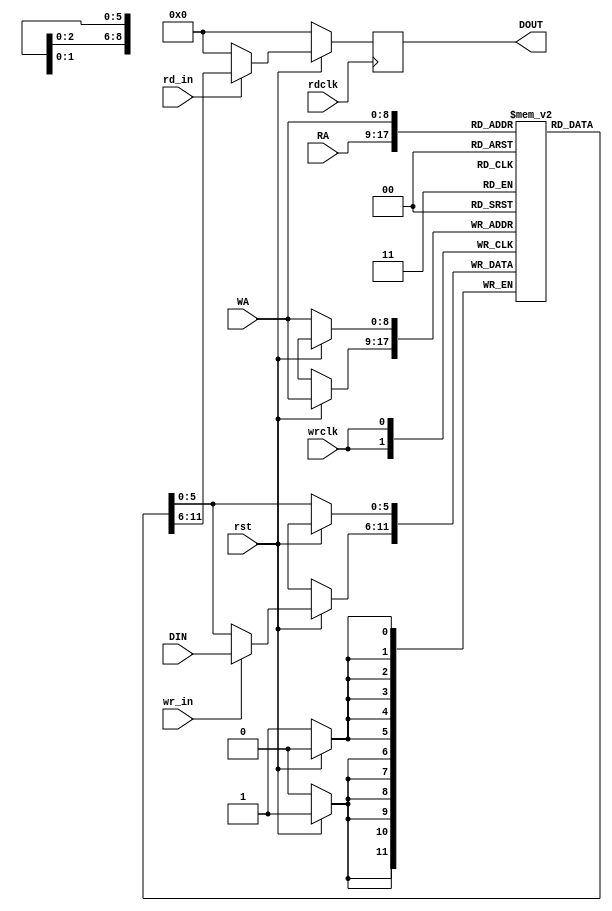
`timescale 1ns / 1ps
//////////////////////////////////////////////////////////////////////////////////
// Company: 
// Engineer: 
// 
// Design Name: 
// Module Name: simpledualportram_wrclk_rdclk_dp
// Project Name: 
// Target Devices: 
// Tool Versions: 
// Description: 
// 
// Dependencies: 
// 
// Revision:
// Revision 0.01 - File Created
// Additional Comments:
// 
//////////////////////////////////////////////////////////////////////////////////


module simpledualportram_wrclk_rdclk_ne(DOUT, RA, rd_in, DIN, WA, wr_in, wrclk, rdclk, rst);
parameter WIDTH=6;
parameter ADDRESSWIDTH=9;
parameter MEMDEPTH = 512;
output reg[(WIDTH)-1:0] DOUT;
input[(ADDRESSWIDTH)-1:0] RA;
input rd_in;
input[(WIDTH)-1:0] DIN;
input[(ADDRESSWIDTH)-1:0] WA;
input wr_in;
input wrclk, rdclk, rst;

reg[WIDTH-1:0] Lmemreg[MEMDEPTH-1:0];

//reading at posedge of READ clock
    always@(posedge rdclk)
    begin
        if(!rst)
        begin
          DOUT<=0;
        end
        else
        begin
          DOUT<= rd_in ? Lmemreg[RA] : 0;         
        end
    end 
    
//Writing at posedge of WRITE clock
    always@(posedge wrclk)
    begin
      if(!rst)
      begin
        Lmemreg[WA]<=Lmemreg[WA];
      end
      else
      begin
        Lmemreg[WA]<=(wr_in ? (DIN) : Lmemreg[WA] );
      end
    end  

endmodule